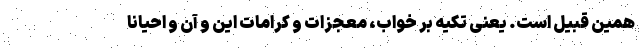
همین قبیل است. یعنی تکیه بر خواب، معجزات و کرامات این و آن و احیانا